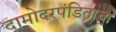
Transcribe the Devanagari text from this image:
दामोदरपंडिताचा